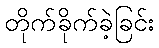
တိုက်ခိုက်ခဲ့ခြင်း